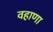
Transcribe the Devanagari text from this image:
वहाणा